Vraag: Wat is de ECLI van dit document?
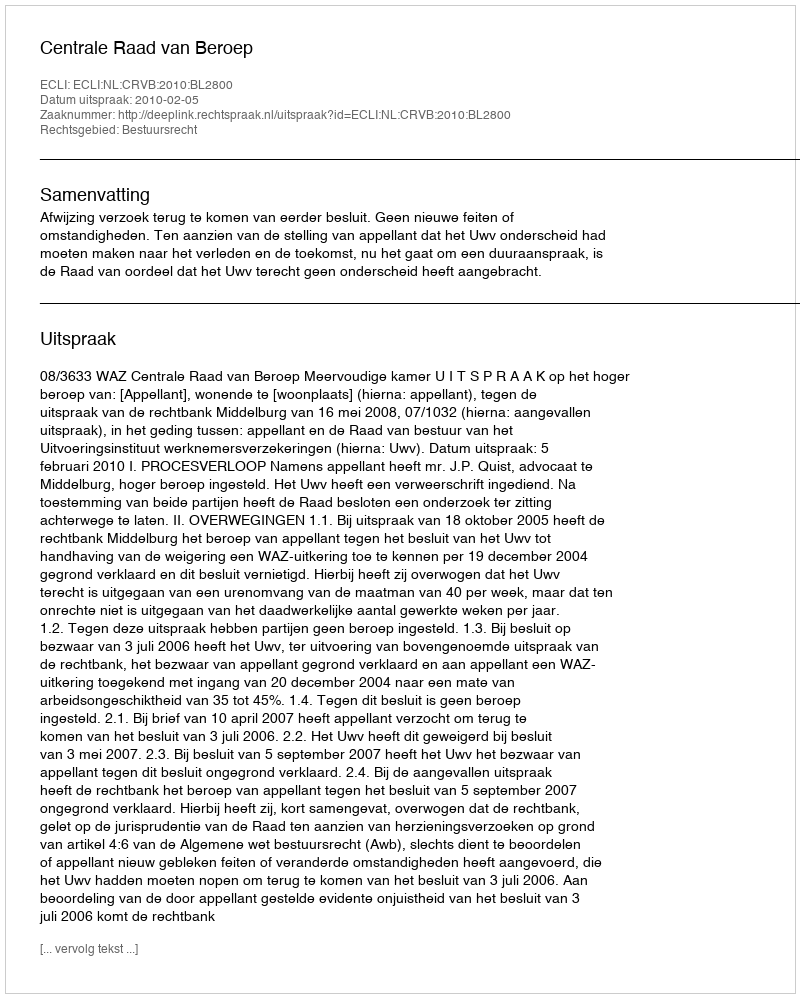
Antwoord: ECLI:NL:CRVB:2010:BL2800